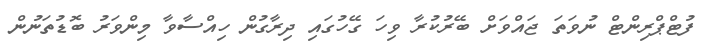
ފުޓްޕްރިންޓް ނުވަތަ ޖައްވަށް ބޭރުކުރާ ވިހަ ގޭހުގައި ދިރާގުން ހިއްސާވާ މިންވަރު ބޮޑުތަނުން